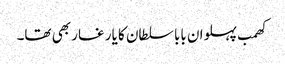
کھمب پہلوان بابا سلطان کا یار غار بھی تھا۔